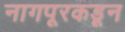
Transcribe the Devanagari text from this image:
नागपूरकडून